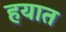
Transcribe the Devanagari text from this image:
हयात